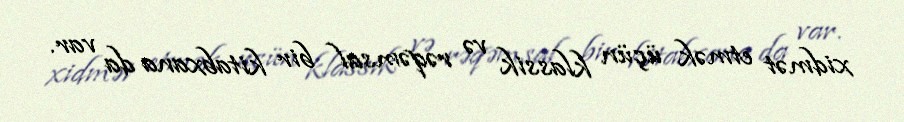
xidmət etmək üçün klassik və rəqəmsal bir kitabxana da var.